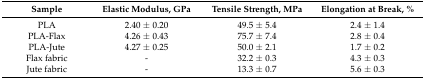
<table><thead><tr><td><b>Sample</b></td><td><b>Elastic Modulus, GPa</b></td><td><b>Tensile Strength, MPa</b></td><td><b>Elongation at Break, %</b></td></tr></thead><tbody><tr><td>PLA</td><td>2.40 ± 0.20</td><td>49.5 ± 5.4</td><td>2.4 ± 1.4</td></tr><tr><td>PLA-Flax</td><td>4.26 ± 0.43</td><td>75.7 ± 7.4</td><td>2.8 ± 0.4</td></tr><tr><td>PLA-Jute</td><td>4.27 ± 0.25</td><td>50.0 ± 2.1</td><td>1.7 ± 0.2</td></tr><tr><td>Flax fabric</td><td>-</td><td>32.2 ± 0.3</td><td>4.3 ± 0.3</td></tr><tr><td>Jute fabric</td><td>-</td><td>13.3 ± 0.7</td><td>5.6 ± 0.3</td></tr></tbody></table>